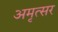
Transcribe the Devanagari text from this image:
अमृत्सर